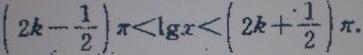
$\left(2k-\dfrac{1}{2}\right)\pi<\lg x<\left(2k+\dfrac{1}{2}\right)\pi.$